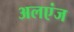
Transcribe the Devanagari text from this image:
अलएंज